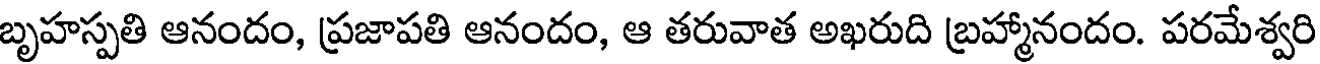
బృహస్పతి ఆనందం, ప్రజాపతి ఆనందం, ఆ తరువాత అఖరుది బ్రహ్మానందం. పరమేశ్వరి